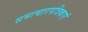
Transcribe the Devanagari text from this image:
समाचारपत्रिकाएं